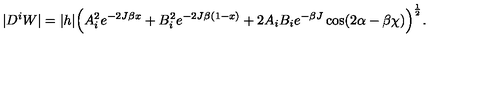
| D ^ { i } W | = | h | \Big ( A _ { i } ^ { 2 } e ^ { - 2 J \beta x } + B _ { i } ^ { 2 } e ^ { - 2 J \beta ( 1 - x ) } + 2 A _ { i } B _ { i } e ^ { - \beta J } \cos ( 2 \alpha - \beta \chi ) \Big ) ^ { \frac { 1 } { 2 } } .